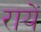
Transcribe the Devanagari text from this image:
रायें